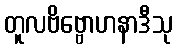
တူလဗိဗ္ဗောဟနာဒီသု